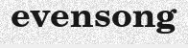
evensong